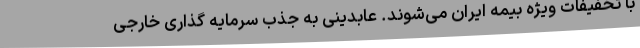
با تخفیفات ویژه بیمه ایران می‌شوند. عابدینی به جذب سرمایه گذاری خارجی